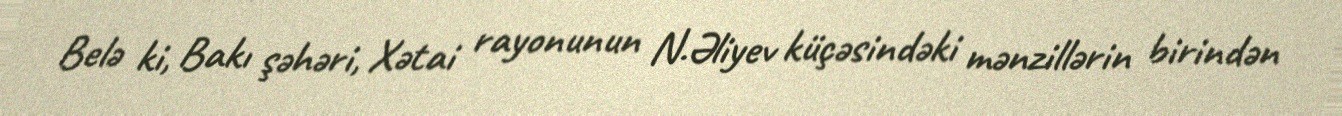
Belə ki, Bakı şəhəri, Xətai rayonunun N.Əliyev küçəsindəki mənzillərin birindən